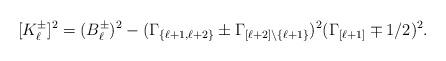
LaTeX: \begin{align*}[K_{\ell}^{\pm}]^2=(B_{\ell}^{\pm})^{2}-(\Gamma_{\{\ell+1,\ell+2\}}\pm \Gamma_{[\ell+2]\setminus \{\ell+1\}})^2 (\Gamma_{[\ell+1]}\mp 1/2)^2.\end{align*}